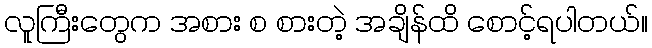
လူကြီးတွေက အစား စ စားတဲ့ အချိန်ထိ စောင့်ရပါတယ်။